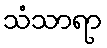
သံသာရာ